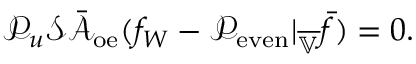
\mathcal { P } _ { u } \mathcal { S } \bar { \mathcal { A } } _ { \mathrm { o e } } ( f _ { W } - \mathcal { P } _ { \mathrm { e v e n } } | _ { \overline { { \mathbb { V } } } } \bar { f } ) = 0 .